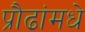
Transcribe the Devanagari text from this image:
प्रौढांमधे